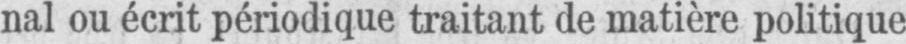
nal ou écrit périodique traitant de matière politique